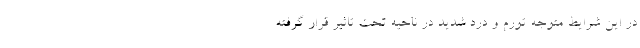
در این شرایط متوجه تورم و درد شدید در ناحیه تحت تاثیر قرار گرفته